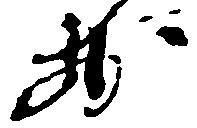
前